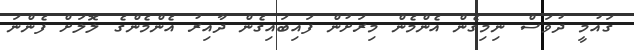
ގައުމީ ދުވަސް ނިމިގެން އެންމެން މިރަށުން ފައިބައިގެން ދާއިރު އެންމެންގެ ލޮލަށް ފެންނަ